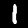
Digit: 1